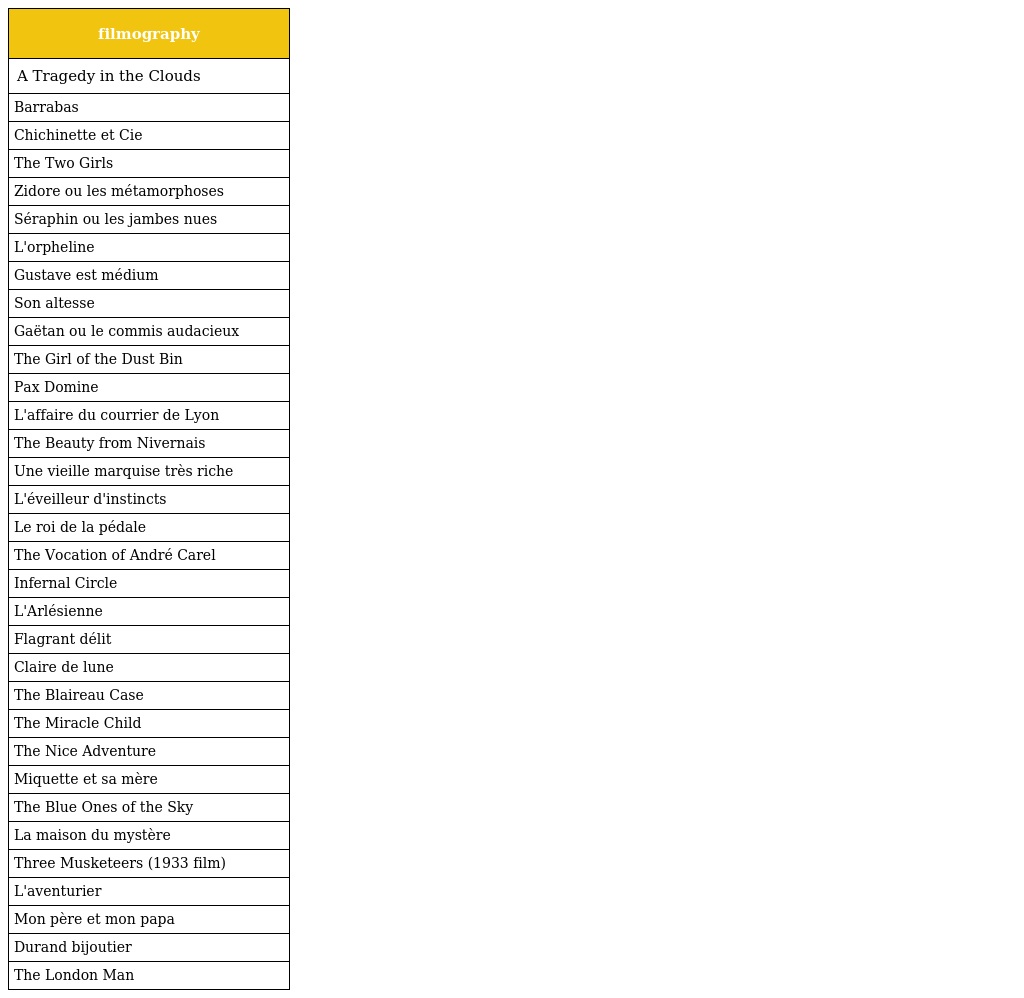
| filmography |
 | --- |
 | A Tragedy in the Clouds |
 | Barrabas |
 | Chichinette et Cie |
 | The Two Girls |
 | Zidore ou les métamorphoses |
 | Séraphin ou les jambes nues |
 | L'orpheline |
 | Gustave est médium |
 | Son altesse |
 | Gaëtan ou le commis audacieux |
 | The Girl of the Dust Bin |
 | Pax Domine |
 | L'affaire du courrier de Lyon |
 | The Beauty from Nivernais |
 | Une vieille marquise très riche |
 | L'éveilleur d'instincts |
 | Le roi de la pédale |
 | The Vocation of André Carel |
 | Infernal Circle |
 | L'Arlésienne |
 | Flagrant délit |
 | Claire de lune |
 | The Blaireau Case |
 | The Miracle Child |
 | The Nice Adventure |
 | Miquette et sa mère |
 | The Blue Ones of the Sky |
 | La maison du mystère |
 | Three Musketeers (1933 film) |
 | L'aventurier |
 | Mon père et mon papa |
 | Durand bijoutier |
 | The London Man |